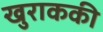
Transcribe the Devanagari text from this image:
खुराककी